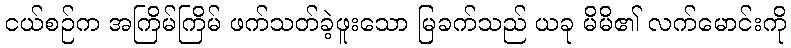
ငယ်စဉ်က အကြိမ်ကြိမ် ဖက်သတ်ခဲ့ဖူးသော မြခက်သည် ယခု မိမိ၏ လက်မောင်းကို